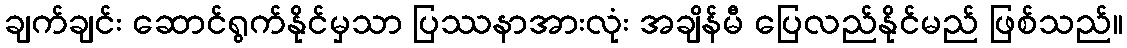
ချက်ချင်း ဆောင်ရွက်နိုင်မှသာ ပြဿနာအားလုံး အချိန်မီ ပြေလည်နိုင်မည် ဖြစ်သည်။